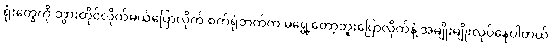
ရုံးတွေကို သွားတိုင်လိုက်မယ်ပြောလိုက် စက်ရုံဘက်က မရွှေ့တော့ဘူးပြောလိုက်နဲ့ အမျိုးမျိုးလုပ်နေပါတယ်